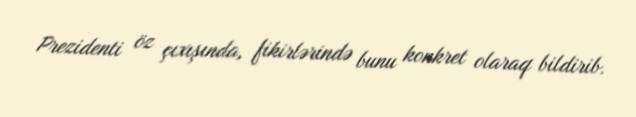
Prezidenti öz çıxışında, fikirlərində bunu konkret olaraq bildirib.